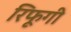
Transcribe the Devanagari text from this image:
रिफूगी